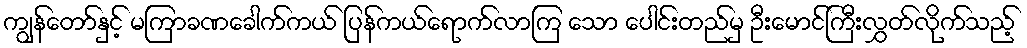
ကျွန်တော်နှင့် မကြာခဏခေါက်ကယ် ပြန်ကယ်ရောက်လာကြ သော ပေါင်းတည်မှ ဦးမောင်ကြီးလွှတ်လိုက်သည့်